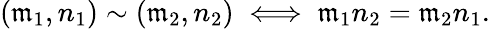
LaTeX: \left(\mathfrak{m}_{1},n_{1}\right)\sim\left(\mathfrak{m}_{2},n_{2}\right)\iff\mathfrak{m}_{1}n_{2}=\mathfrak{m}_{2}n_{1}.